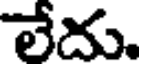
లేదు.